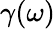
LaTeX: \gamma(\omega)